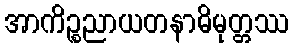
အာကိဉ္စညာယတနာဓိမုတ္တဿ